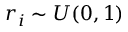
r _ { i } \sim U ( 0 , 1 )